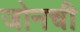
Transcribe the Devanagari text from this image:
जोनची